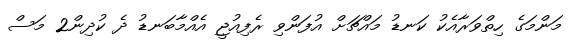
މަންމަގެ ހިތްވަރާއެކު ކަނޑު މައްޗަށް އުފަންވި ރެފިއުޖީ އެއްމާބަނޑު ދެ ކުދިން2 މަސް